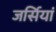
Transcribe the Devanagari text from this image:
जर्सियां